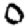
Digit: 0